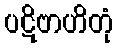
ပဋိဗာဟိတုံ